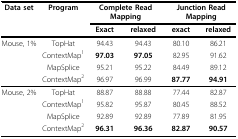
<table><thead><tr><td><b>Data set</b></td><td><b>Program</b></td><td colspan="2"><b>Complete Read Mapping</b></td><td colspan="2"><b>Junction Read Mapping</b></td></tr><tr><td></td><td></td><td><b>Exact</b></td><td><b>relaxed</b></td><td><b>exact</b></td><td><b>relaxed</b></td></tr></thead><tbody><tr><td>Mouse, 1%</td><td>TopHat</td><td>94.43</td><td>94.43</td><td>80.10</td><td>86.21</td></tr><tr><td></td><td>ContextMap<sup>1</sup></td><td><b>97.03</b></td><td><b>97.05</b></td><td>82.95</td><td>91.62</td></tr><tr><td></td><td>MapSplice</td><td>95.21</td><td>95.22</td><td>84.49</td><td>89.12</td></tr><tr><td></td><td>ContextMap<sup>2</sup></td><td>96.97</td><td>96.99</td><td><b>87.77</b></td><td><b>94.91</b></td></tr><tr><td>Mouse, 2%</td><td>TopHat</td><td>88.87</td><td>88.88</td><td>77.44</td><td>82.87</td></tr><tr><td></td><td>ContextMap<sup>1</sup></td><td>95.82</td><td>95.87</td><td>80.45</td><td>88.52</td></tr><tr><td></td><td>MapSplice</td><td>92.89</td><td>92.89</td><td>77.89</td><td>81.95</td></tr><tr><td></td><td>ContextMap<sup>2</sup></td><td><b>96.31</b></td><td><b>96.36</b></td><td><b>82.87</b></td><td><b>90.57</b></td></tr></tbody></table>